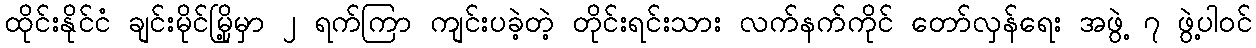
ထိုင်းနိုင်ငံ ချင်းမိုင်မြို့မှာ ၂ ရက်ကြာ ကျင်းပခဲ့တဲ့ တိုင်းရင်းသား လက်နက်ကိုင် တော်လှန်ရေး အဖွဲ့ ၇ ဖွဲ့ပါဝင်